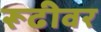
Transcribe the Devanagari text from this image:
रूढीवर